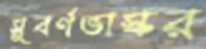
সুবর্ণভাস্কর